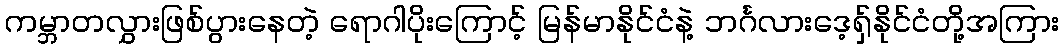
ကမ္ဘာတလွှားဖြစ်ပွားနေတဲ့ ရောဂါပိုးကြောင့် မြန်မာနိုင်ငံနဲ့ ဘင်္ဂလားဒေ့ရှ်နိုင်ငံတို့အကြား